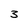
Character: 3